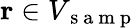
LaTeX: \mathbf{r}\in V_{\mathrm{~s~a~m~p~}}